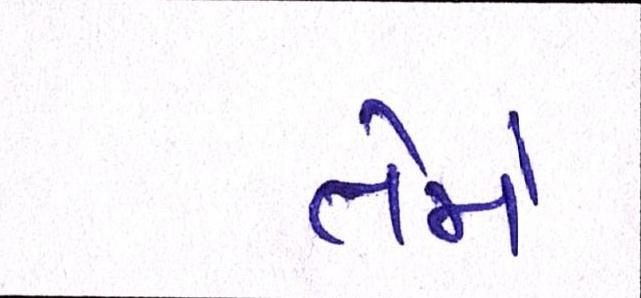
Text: તેમે